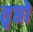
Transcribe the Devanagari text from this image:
तृप्तो